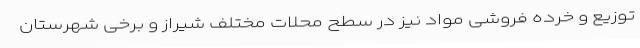
توزیع و خرده فروشی مواد نیز در سطح محلات مختلف شیراز و برخی شهرستان